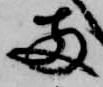
両